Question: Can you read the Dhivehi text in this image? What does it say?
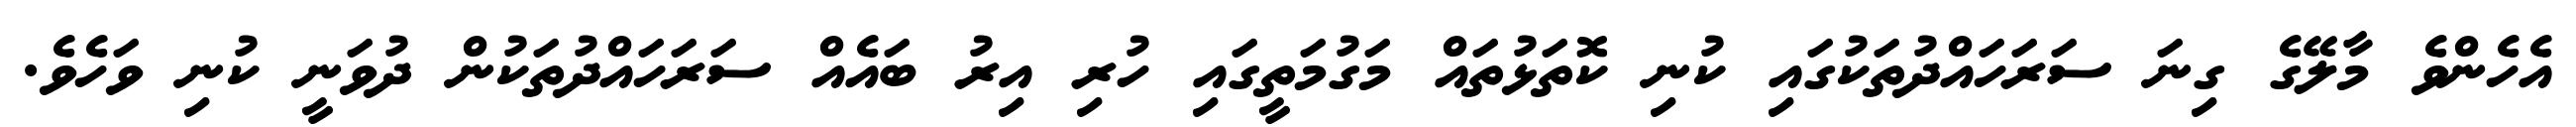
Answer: އެހެންވެ މާލޭގެ ގިނަ ސަރަހައްދުތަކުގައި ކުނި ކޮތަޅުތައް މަގުމަތީގައި ހުރި އިރު ބައެއް ސަރަހައްދުތަކުން ދުވަނީ ކުނި ވަހެވެ.